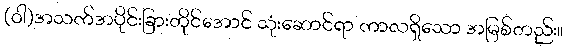
(ဝါ)အသက်အပိုင်းခြားတိုင်အောင် သုံးဆောင်ရာ ကာလရှိသော အမြစ်တည်း။